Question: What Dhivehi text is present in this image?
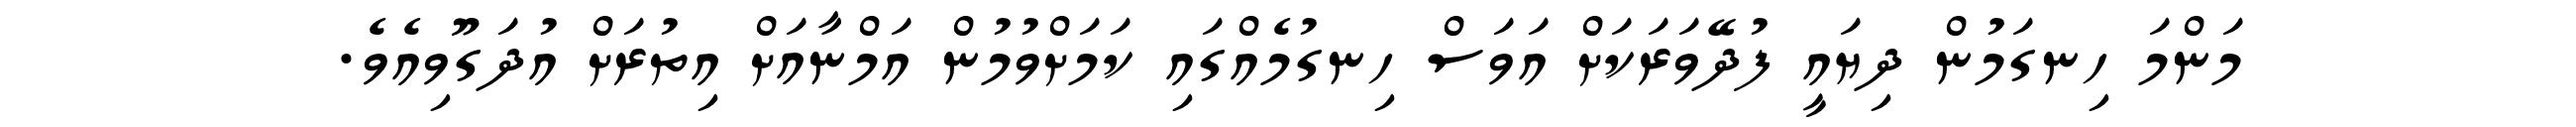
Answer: މަންމަ ހިނގަމުން ދިޔައީ ފުދޭވަރަކަށް އަވަސް ހިނގުމެއްގައި ކަމަށްވުމުން އަމްނާއަށް އިތުރަށް އުދަގޫވިއެވެ.